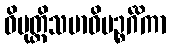
ဝိမုတ္တိသမာဓိပဉ္စင်္ဂိကာ